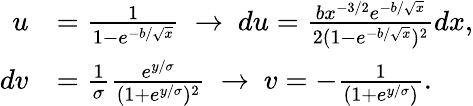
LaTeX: \begin{array}{rl}{u}&{=\frac{1}{1-e^{-b/\sqrt{x}}}\ \rightarrow\ du=\frac{bx^{-3/2}e^{-b/\sqrt{x}}}{2(1-e^{-b/\sqrt{x}})^{2}}dx,}\\ {dv}&{=\frac{1}{\sigma}\frac{e^{y/\sigma}}{(1+e^{y/\sigma})^{2}}\ \rightarrow\ v=-\frac{1}{(1+e^{y/\sigma})}.}\end{array}